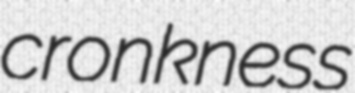
cronkness